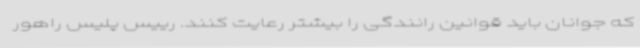
که جوانان باید قوانین رانندگی را بیشتر رعایت کنند. رییس پلیس راهور